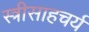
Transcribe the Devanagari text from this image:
स्त्रीसाहचर्य